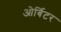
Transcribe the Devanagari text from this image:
ओर्बिटर